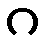
ဂ